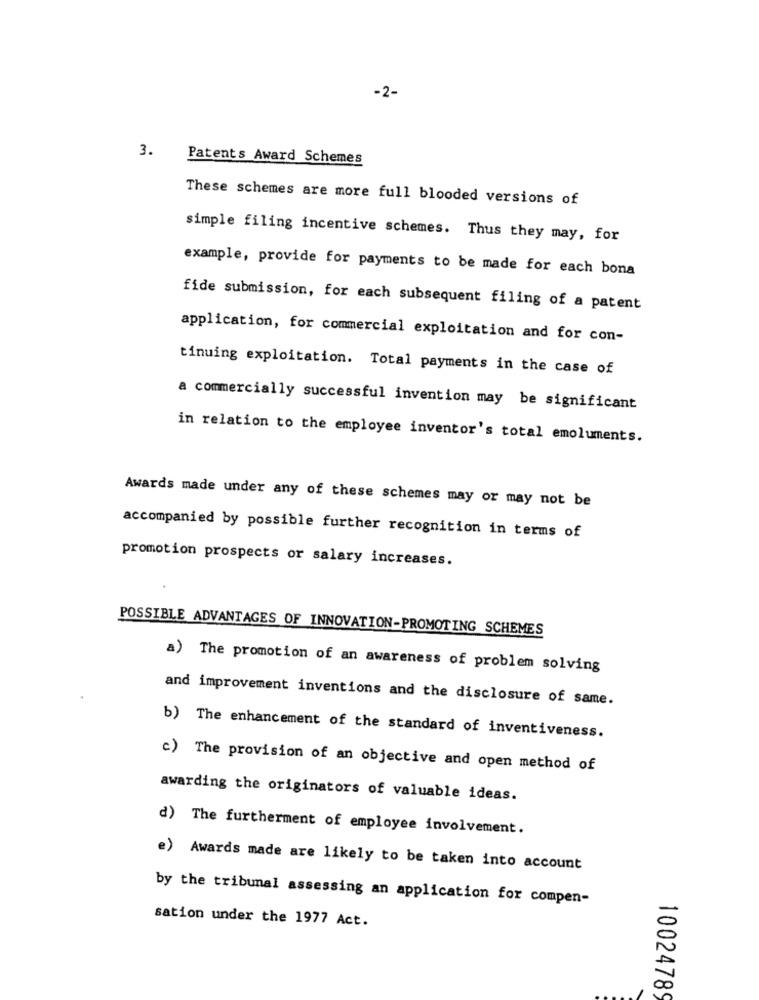
-2-
3.
Patents Award Schemes
These schemes are more full blooded versions of
simple filing incentive schemes. Thus they may, for
example, provide for payments to be made for each bona
fide submission, for each subsequent filing of a patent
application, for commercial exploitation and for con-
tinuing exploitation. Total payments in the case of
a commercially successful invention may be significant
in relation to the employee inventor's total emoluments.
Awards made under any of these schemes may or may not be
accompanied by possible further recognition in terms of
promotion prospects or salary increases.
POSSIBLE ADVANTAGES OF INNOVATION-PROMOTING SCHEMES
a) The promotion of an awareness of problem solving
and improvement inventions and the disclosure of same.
b) The enhancement of the standard of inventiveness.
c) The provision of an objective and open method of
awarding the originators of valuable ideas.
d) The furtherment of employee involvement.
e) Awards made are likely to be taken into account
by the tribunal assessing an application for compen-
sation under the 1977 Act.
10024789